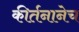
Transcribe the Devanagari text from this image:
कीर्तनानेच